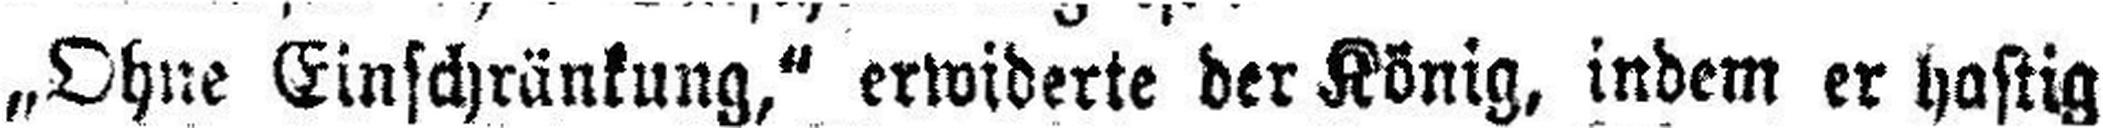
„Ohne Einschränkung,“ erwiderte der König, indem er hastig